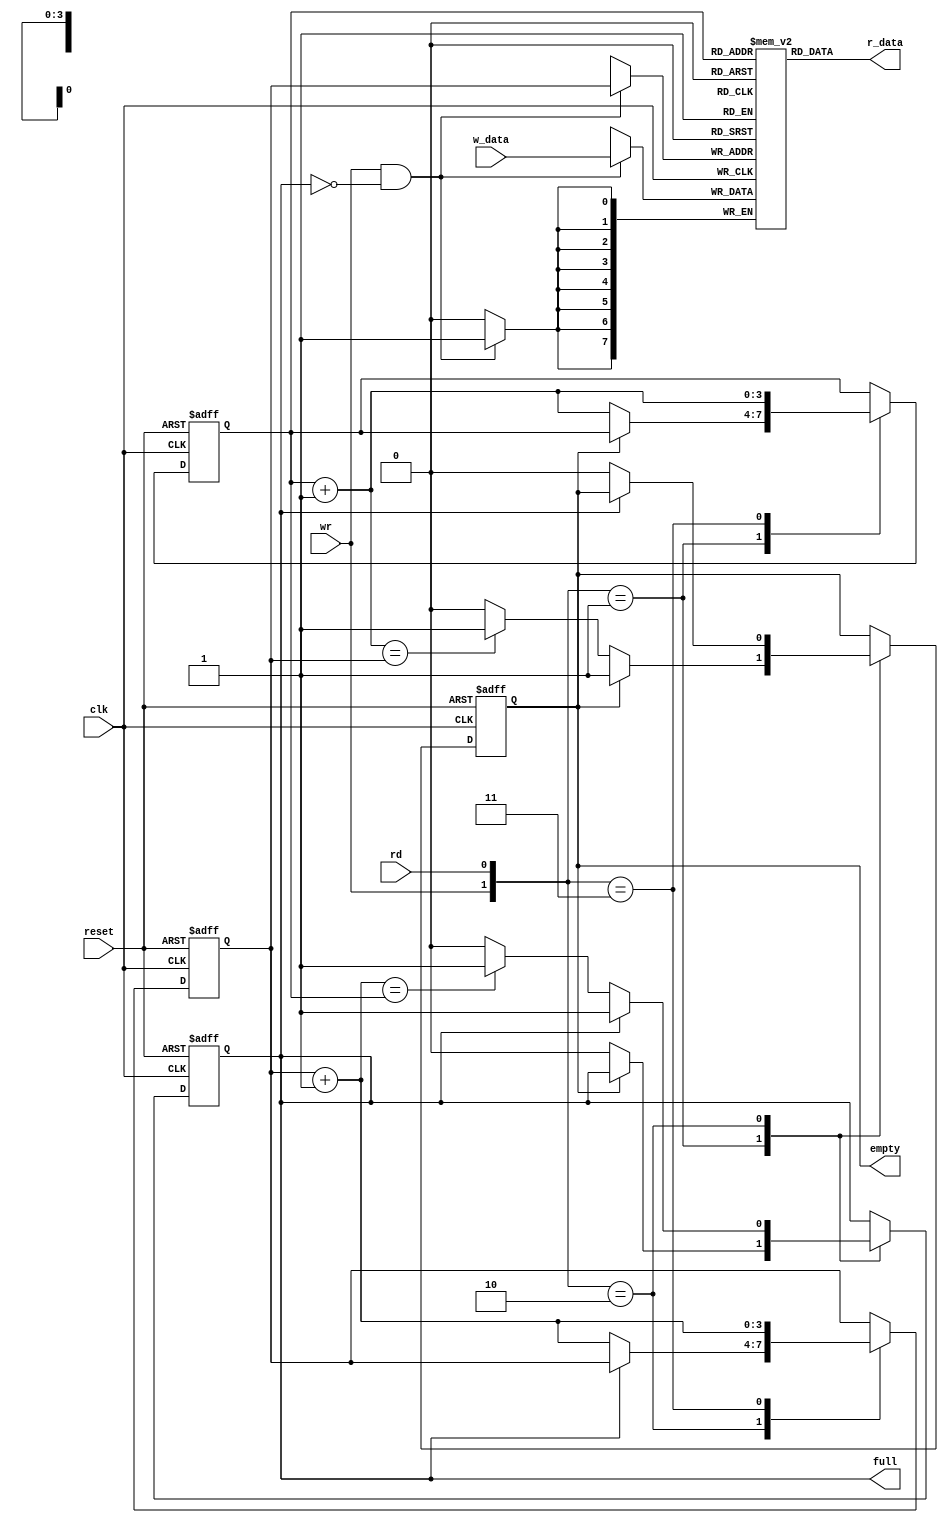
// --------------------------------------------------------------------
// >>>>>>>>>>>>>>>>>>>>>>>>> COPYRIGHT NOTICE <<<<<<<<<<<<<<<<<<<<<<<<<
// --------------------------------------------------------------------
// Github: https://github.com/abdelazeem201
// Description: FIFO module
// Dependencies: 
// Since: 2021-12-24 15:16:50
// LastEditors: ahmed abdelazeem
// LastEditTime: 2021-17-18 15:16:50
// ********************************************************************
// Module Function:
module fifo
   #(
    parameter B=8, // number of bits in a word
              W=4  // number of address bits
   )
   (
    input wire clk, reset,
    input wire rd, wr,
    input wire [B-1:0] w_data,
    output wire empty, full,
    output wire [B-1:0] r_data
   );

   //signal declaration
   reg [B-1:0] array_reg [2**W-1:0];  // register array
   reg [W-1:0] w_ptr_reg, w_ptr_next, w_ptr_succ;
   reg [W-1:0] r_ptr_reg, r_ptr_next, r_ptr_succ;
   reg full_reg, empty_reg, full_next, empty_next;
   wire wr_en;

   // body
   // register file write operation
   always @(posedge clk)
      if (wr_en)
         array_reg[w_ptr_reg] <= w_data;
   // register file read operation
   assign r_data = array_reg[r_ptr_reg];
   // write enabled only when FIFO is not full
   assign wr_en = wr & ~full_reg;

   // fifo control logic
   // register for read and write pointers
   always @(posedge clk, posedge reset)
      if (reset)
         begin
            w_ptr_reg <= 0;
            r_ptr_reg <= 0;
            full_reg <= 1'b0;
            empty_reg <= 1'b1;
         end
      else
         begin
            w_ptr_reg <= w_ptr_next;
            r_ptr_reg <= r_ptr_next;
            full_reg <= full_next;
            empty_reg <= empty_next;
         end

   // next-state logic for read and write pointers
   always @*
   begin
      // successive pointer values
      w_ptr_succ = w_ptr_reg + 1;
      r_ptr_succ = r_ptr_reg + 1;
      // default: keep old values
      w_ptr_next = w_ptr_reg;
      r_ptr_next = r_ptr_reg;
      full_next = full_reg;
      empty_next = empty_reg;
      case ({wr, rd})
         // 2'b00:  no op
         2'b01: // read
            if (~empty_reg) // not empty
               begin
                  r_ptr_next = r_ptr_succ;
                  full_next = 1'b0;
                  if (r_ptr_succ==w_ptr_reg)
                     empty_next = 1'b1;
               end
         2'b10: // write
            if (~full_reg) // not full
               begin
                  w_ptr_next = w_ptr_succ;
                  empty_next = 1'b0;
                  if (w_ptr_succ==r_ptr_reg)
                     full_next = 1'b1;
               end
         2'b11: // write and read
            begin
               w_ptr_next = w_ptr_succ;
               r_ptr_next = r_ptr_succ;
            end
      endcase
   end

   // output
   assign full = full_reg;
   assign empty = empty_reg;

endmodule